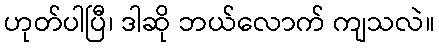
ဟုတ်ပါပြီ၊ ဒါဆို ဘယ်လောက် ကျသလဲ။